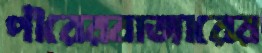
পীরেরবাজারের